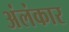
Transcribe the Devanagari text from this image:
अंलंकार